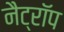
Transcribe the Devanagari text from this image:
नैट्रॉप